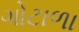
ગોટાળા